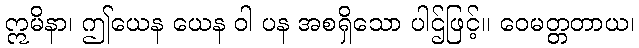
ဣမိနာ၊ ဤယေန ယေန ဝါ ပန အစရှိသော ပါဌ်ဖြင့်။ ဝေမတ္တတာယ၊